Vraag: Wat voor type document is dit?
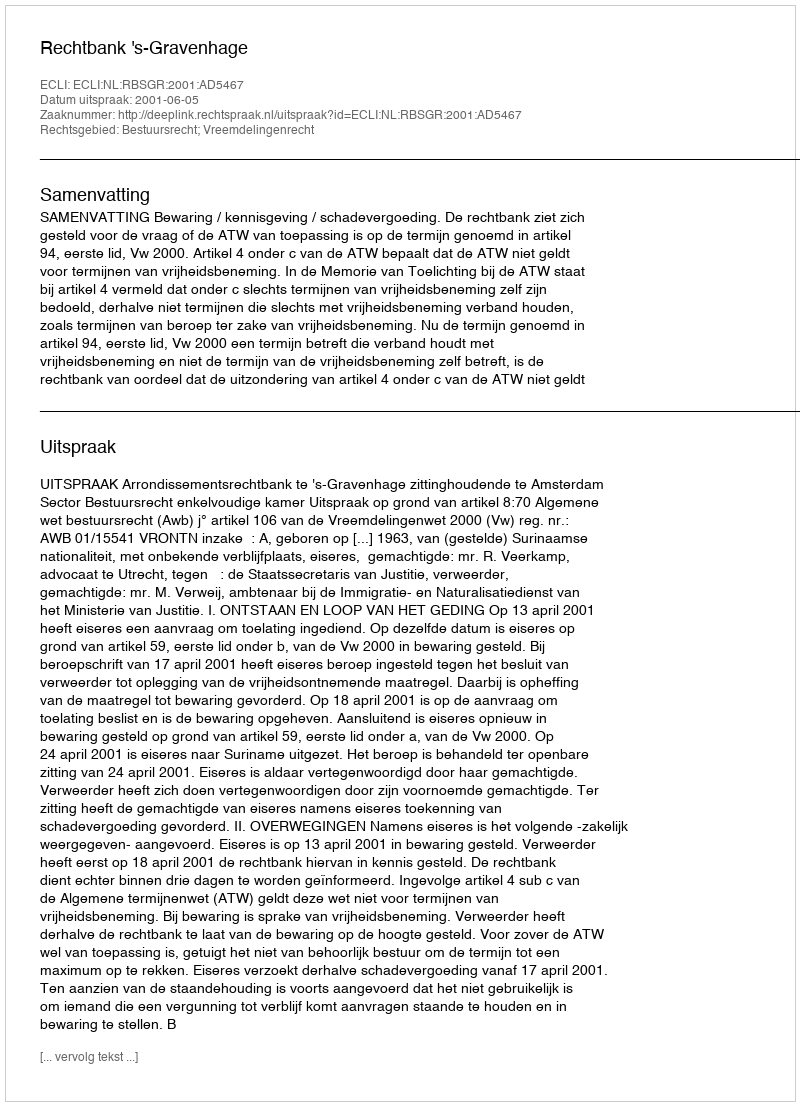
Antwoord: Uitspraak